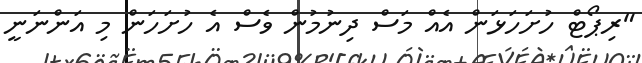
"ރިޕޯޓް ހުށަހަޅަން އެއް މަސް ދިނުމުން ވެސް އެ ހުށަހަން މި އަންނަނީ